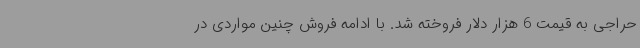
حراجی به قیمت 6 هزار دلار فروخته شد. با ادامه فروش چنین مواردی در